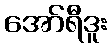
အော်ရီဒူး